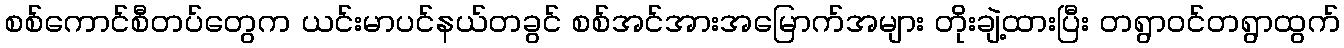
စစ်ကောင်စီတပ်တွေက ယင်းမာပင်နယ်တခွင် စစ်အင်အားအမြောက်အများ တိုးချဲ့ထားပြီး တရွာဝင်တရွာထွက်